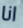
انا